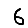
Digit: 6